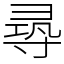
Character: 𡬶